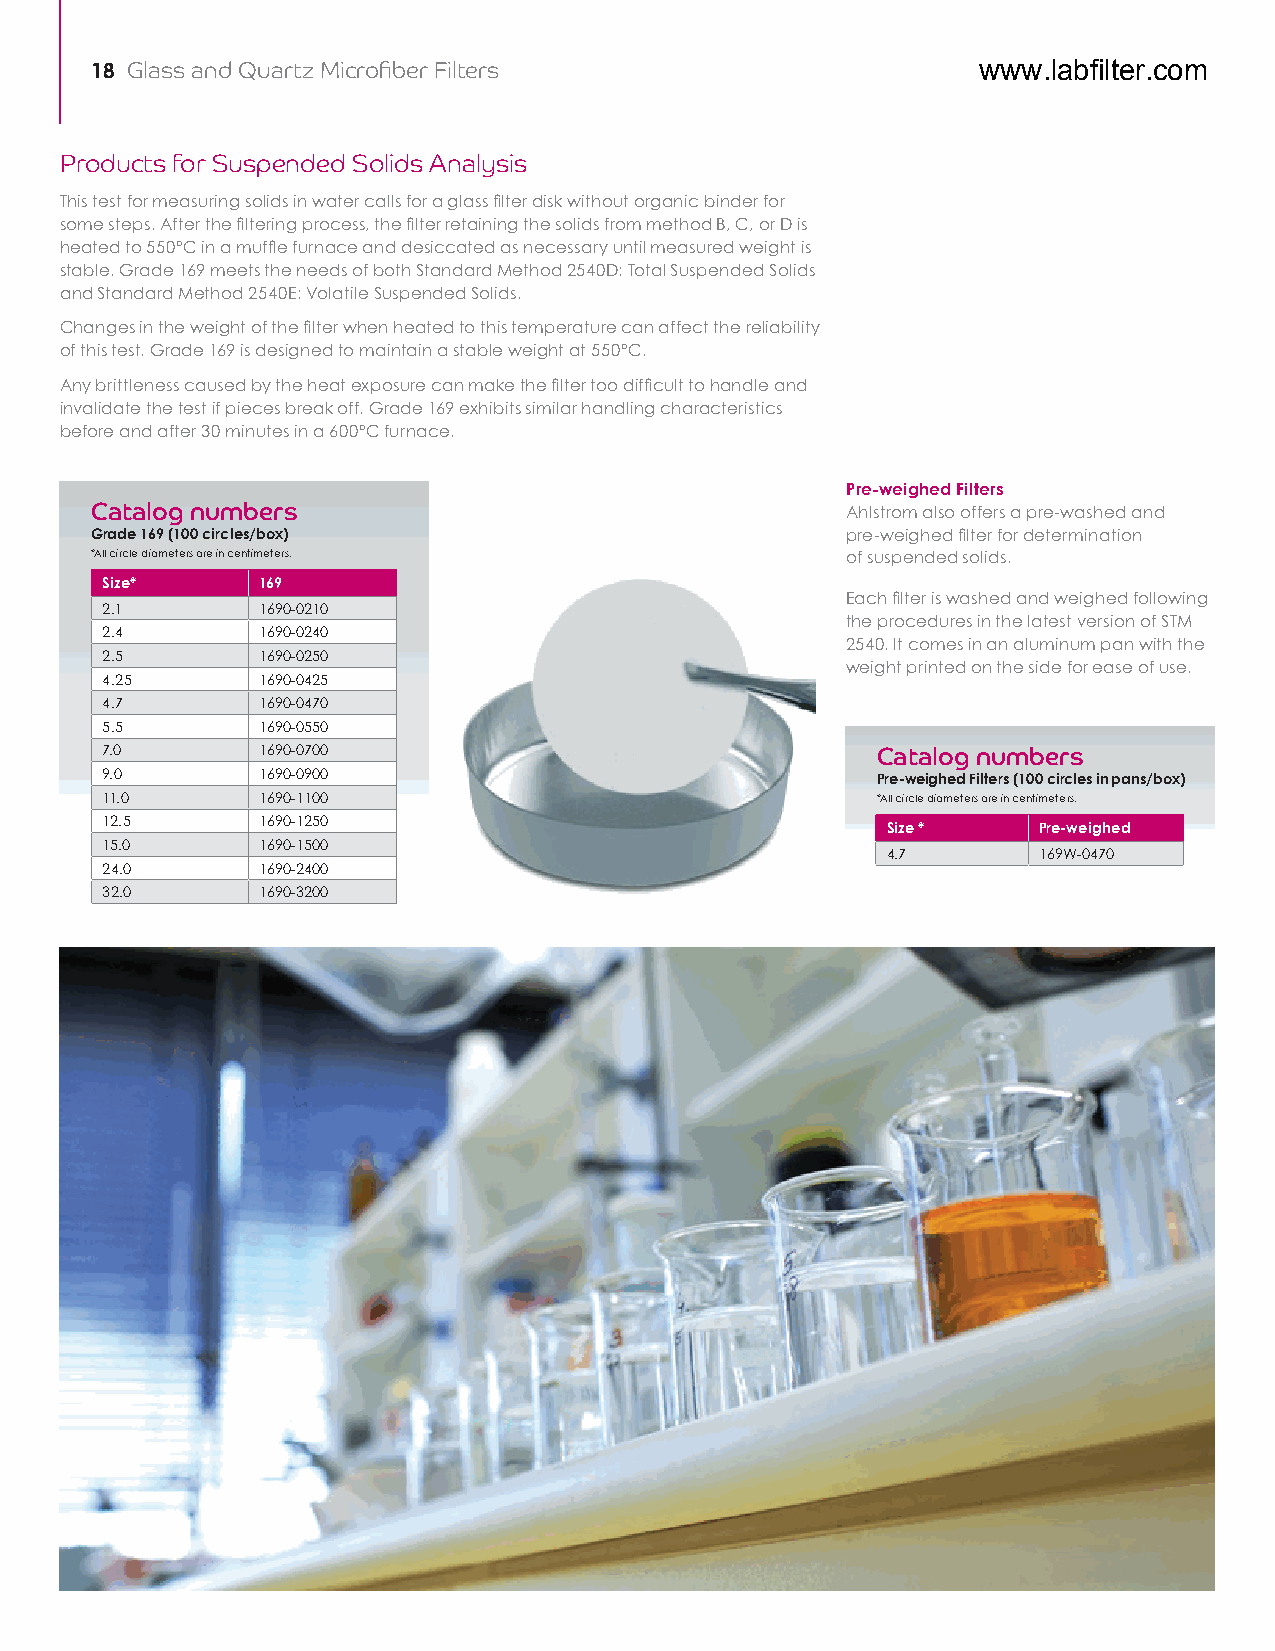
18 Glass and Quartz Microfiber Filters                     www.labfilter.com
 Products for Suspended Solids Analysis
 This test for measuring solids in water calls for a glass filter disk without organic binder for
 some steps. After the filtering process, the filter retaining the solids from method B, C, or D is
 heated to 550°C in a muffle furnace and desiccated as necessary until measured weight is
 stable. Grade 169 meets the needs of both Standard Method 2540D: Total Suspended Solids
 and Standard Method 2540E: Volatile Suspended Solids.
 Changes in the weight of the filter when heated to this temperature can affect the reliability
 of this test. Grade 169 is designed to maintain a stable weight at 550°C.
 Any brittleness caused by the heat exposure can make the filter too difficult to handle and
 invalidate the test if pieces break off. Grade 169 exhibits similar handling characteristics
 before and after 30 minutes in a 600°C furnace.
 Pre-weighed Filters
 Catalog numbers                                   Ahlstrom also offers a pre-washed and
 Grade 169 (100 circles/box)                       pre-weighed filter for determination
 *All circle diameters are in centimeters.         of suspended solids.
 Size*     169
 Each filter is washed and weighed following
 2.1       1690-0210
 the procedures in the latest version of STM
 2.4       1690-0240
 2540. It comes in an aluminum pan with the
 2.5       1690-0250
 weight printed on the side for ease of use.
 4.25      1690-0425
 4.7       1690-0470
 5.5       1690-0550
 7.0       1690-0700                                Catalog numbers
 9.0       1690-0900                                Pre-weighed Filters (100 circles in pans/box)
 11.0      1690-1100                                *All circle diameters are in centimeters.
 12.5      1690-1250
 Size *    Pre-weighed
 15.0      1690-1500
 4.7       169W-0470
 24.0      1690-2400
 32.0      1690-3200